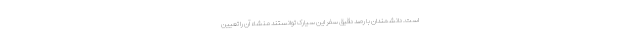
است. دانشمندان با رصد دقیق سفر این سیارک توانستند منشاء آن را تعیین